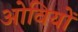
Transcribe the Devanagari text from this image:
ओवियों